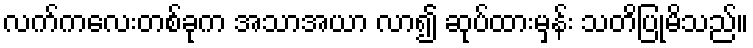
လက်ကလေးတစ်ခုက အသာအယာ လာ၍ ဆုပ်ထားမှန်း သတိပြုမိသည်။